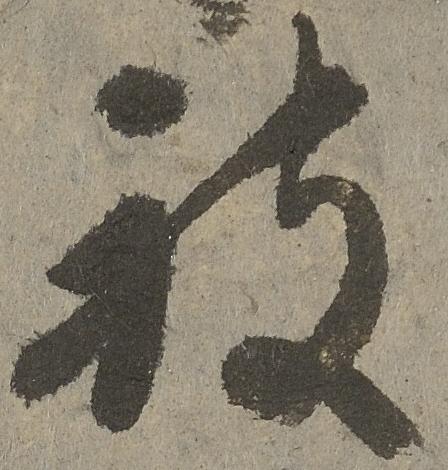
被